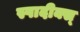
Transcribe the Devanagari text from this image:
स्पादीक्स्